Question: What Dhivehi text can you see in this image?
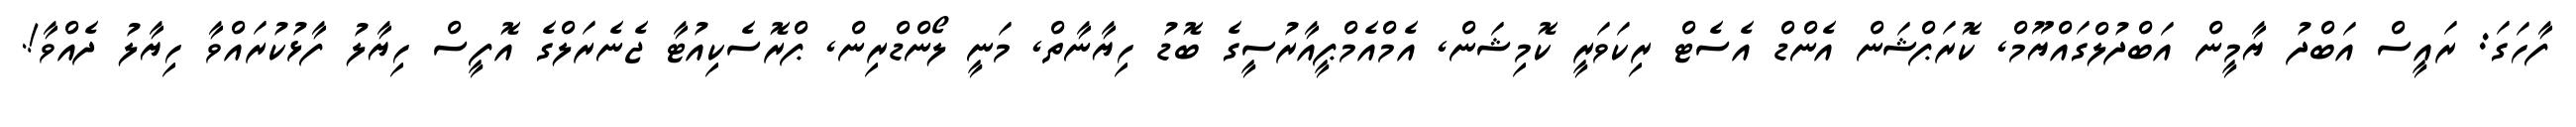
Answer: ފާހަގަ: ރައީސް އަބްދު ޔާމީން އަބްދުލްގައްޔޫމް, ކޮރަޕްޝަން އެންޑް އެސެޓް ރިކަވަރީ ކޮމިޝަން, އެމްއެމްޕީއާރުސީގެ ބޮޑު ހިޔާނާތް, މަނީ ލޯންޑްރިން, ޕްރޮސެކިއުޓާ ޖެނެރަލްގެ އޮފީސް ހިޔާލު ފާޅުކުރައްވާ ހިޔާލު ދެއްވާ!.